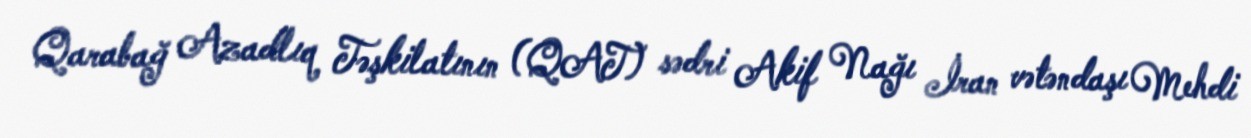
Qarabağ Azadlıq Təşkilatının (QAT) sədri Akif Nağı İran vətəndaşı Mehdi